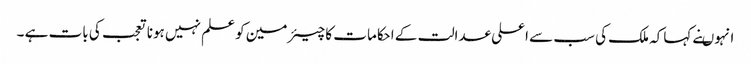
انہوںنے کہاکہ ملک کی سب سے اعلی عدالت کے احکامات کا چیئرمین کو علم نہیں ہونا تعجب کی بات ہے ۔